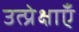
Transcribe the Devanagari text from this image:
उत्प्रेक्षाएँ